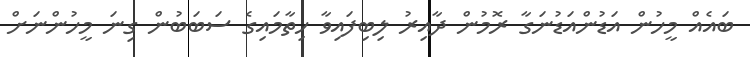
ބައެއް މީހުން އަޑުންއަޑުނަގާ ރޮމުން ދާއިރު ލިބިފައިވާ ހިތާމައިގެ ސަބަބުން ގިނަ މީހުންނަށް